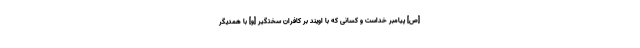
[ص] پيامبر خداست و كسانى كه با اويند بر كافران سختگير [و] با همديگر